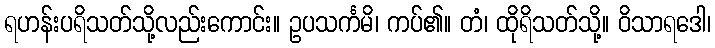
ရဟန်းပရိသတ်သို့လည်းကောင်း။ ဥပသင်္ကမိ၊ ကပ်၏။ တံ၊ ထိုရိသတ်သို့။ ဝိသာရဒေါ၊